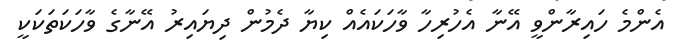
އެންމެ ހައިރާންވީ އޭނާ އެހުރިހާ ވާހަކައެއް ކިޔާ ދެމުން ދިޔައިރު އޭނާގެ ވާހަކަތަކަކީ